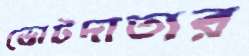
ভোটদাতার